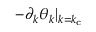
- \partial _ { k } \theta _ { k } \vert _ { k = k _ { \mathrm { c } } }